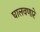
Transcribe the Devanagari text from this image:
घालवणारे